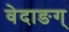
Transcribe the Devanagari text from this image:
वेदाङग्